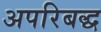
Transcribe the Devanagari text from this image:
अपरिबद्ध